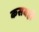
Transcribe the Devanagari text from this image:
कसबही